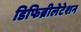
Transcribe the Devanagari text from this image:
डिफिब्रीलेटेशन